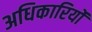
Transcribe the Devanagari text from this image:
अधिकारियोंं